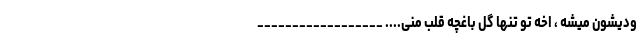
ودیشون میشه ، اخه تو تنها گل باغچه قلب منی.... __________________